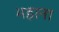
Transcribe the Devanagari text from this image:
भड़ाना